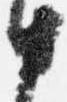
中